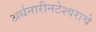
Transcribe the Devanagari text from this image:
अर्धनारीनटेश्वराचे